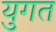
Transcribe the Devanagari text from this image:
युगत